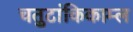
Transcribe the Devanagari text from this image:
चतुटांकिकाम्ल